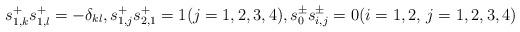
LaTeX: \begin{align*} s^+_{1, k}s^+_{1, l} = -\delta_{kl}, s^+_{1, j}s^+_{2, 1} = 1 (j = 1, 2, 3, 4), s^\pm_{0}s^{\pm}_{i, j} = 0 (i = 1,2,\, j =1, 2, 3, 4) \end{align*}